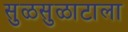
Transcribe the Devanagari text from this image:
सुळसुळाटाला